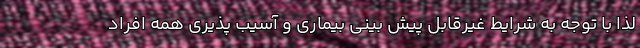
لذا با توجه به شرایط غیرقابل پیش بینی بیماری و آسیب پذیری همه افراد